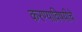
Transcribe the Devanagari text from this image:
करण्याविषयीचे